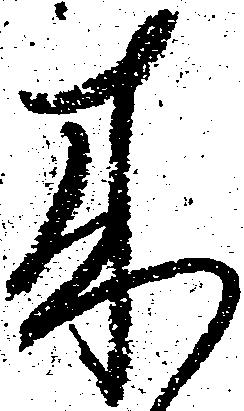
来